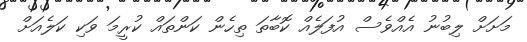
މަށަށް ލިބުނު އެއްވެސް އުފަލެއް ކޮބާތަ ތިހެން ކަންތައް ކުރީމަ ވަކި ކަލެއަށް